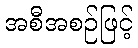
အစီအစဉ်ဖြင့်